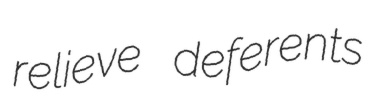
relieve deferents